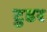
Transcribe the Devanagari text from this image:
टुडर